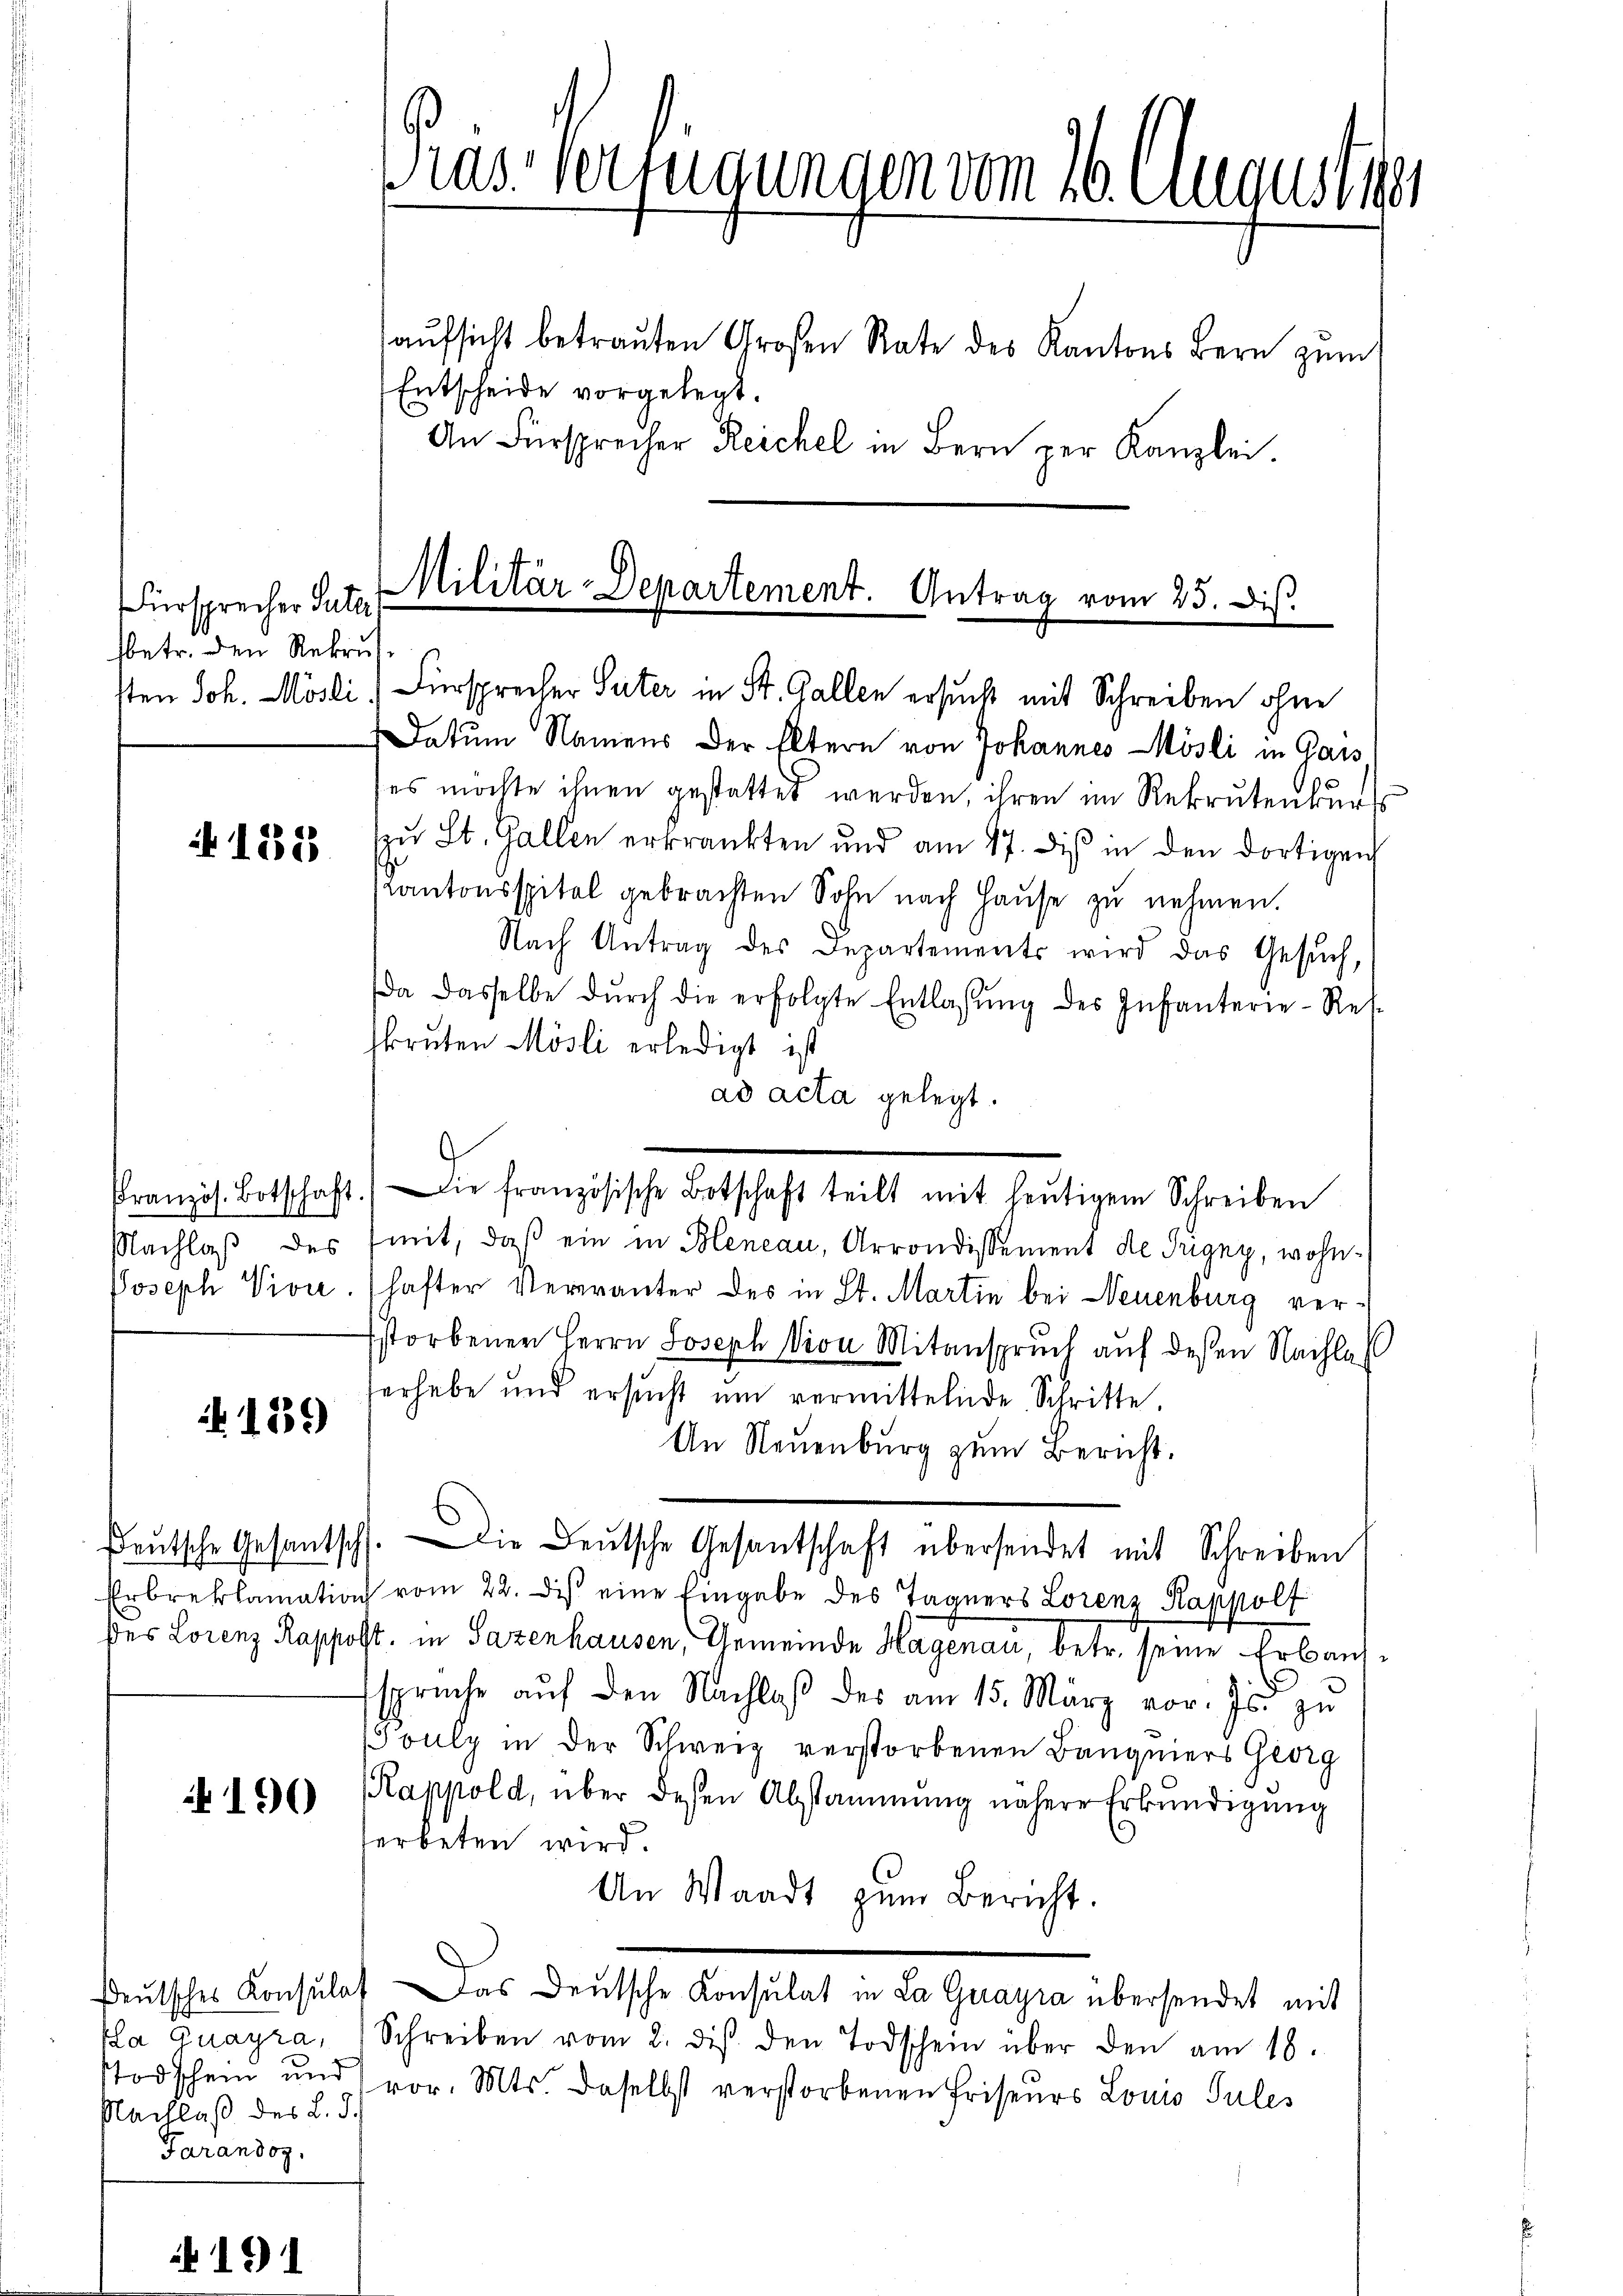
üersprecher Suter
fbetr. den Rekrut

135

1839

190

kla quayra,
Nachlaß des L. d.
Farandoz,

)

An Fürsprecher Reichel in Bern per Kanzlei.

Ras Verfügungen vom 16. August 181
aŭfsicht betraŭten Großen Rate des Kantons Bern zŭm
Entscheide vorgelegt.

Militär-Departement. Antrag vom 25. Dis.
sten Joh. Mösli, Fürsprecher Suter in St. Gallen ersucht mit Schreiben ohne

Datum Namens der Eltern von Johannes Mösli in Gaus
es möchte ihnen gestattet werden, ihren im Rekrutenbur
zu St. Gallen erkränkten und am 17. dis in den dortigen
KKantonsspitel gebrachten Sohn nach Haŭse zŭ nehmen.
Nach Antrag des Departements wird das Gesŭch,
da dasselbe dŭrch die erfolgte Entlassŭng des Infanterie-Res-
skruten Mösli erledigt ist
ad acta gelegt.
Nachlaβ des mit, daβ ein in Heneau, Arrondissement de Tugny, wohn-
Joseph Vive. (hafter Veranter des in St. Martin bei Neuenburg ver¬
Estorbener Herrn Joseph Vion Mitanspruch auf dessen Nachlas
serhabe und ersŭcht ŭm vermittelnde Schritte,
An Neuenburg zum Bericht.
deŭtsche Gesantsch. Die Deutsche Gesantschaft übersendet mit Schreiben
Erbreklamation vom 22. di eine Eingabe des Tagners Lorenz Rappolt
des Lorenz Rappost. in Sazenhausen, Gemeinde Hagenau, betr. seine Erbaussprüche aŭf den Nachlaβ des am 15. März vor. Js. zu
Gouly in der Schweiz verstorbenen Bangniers Georg
Rappold, über dessen Abstammung nähere Erkŭndigŭng
terbeten wird.
An Waadt zum Bericht.
deŭtsches Konsulat das Deutsche Konsulat in La Guayra übersendet mit
Schreiben vom 2. ds. den Todschein über den am 18.
Todschein und vor. Mts. daselbst verstorbenen Friseurs Louis Pules

Pranzös. Botschaft. Die französische Botschaft teilt mit heŭtigem Schreiben